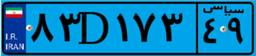
۸۳D۱۷۳۴۹